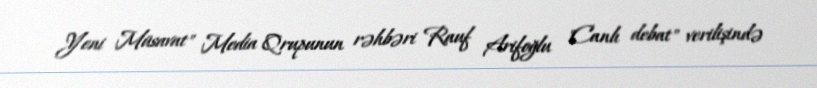
Yeni Müsavat" Media Qrupunun rəhbəri Rauf Arifoğlu "Canlı debat" verilişində